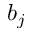
b _ { j }